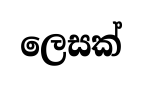
ලෙසක්